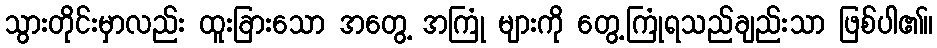
သွားတိုင်းမှာလည်း ထူးခြားသော အတွေ့ အကြုံ များကို တွေ့ကြုံရသည်ချည်းသာ ဖြစ်ပါ၏။